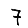
Digit: 7